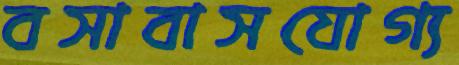
বসাবাসযোগ্য